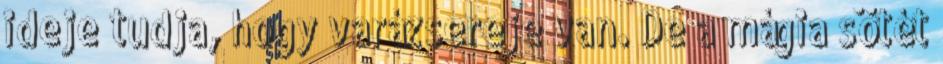
ideje tudja, hogy varázsereje van. De a mágia sötét